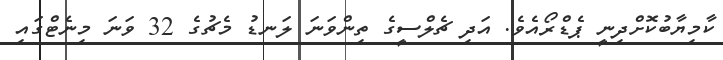
ކާމިޔާބުކޮށްދިނީ ޕެޑްރޯއެވެ. އަދި ޗެލްސީގެ ތިންވަނަ ލަނޑު މެޗުގެ 32 ވަނަ މިނެޓްގައި